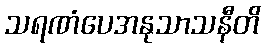
သရဏံပေအနုသာသနီတိ